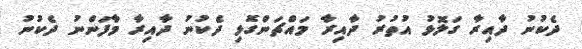
ދެކުނު ދާއިރާ ގަލޮޅު އުތުރު ދާއިރާ މައްޗަންގޮޅި ދެކުނު ދާއިރާ މާފަންނު ދެކުނު